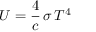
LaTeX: U = { \frac { 4 } { c } } \, \sigma \, T ^ { 4 }